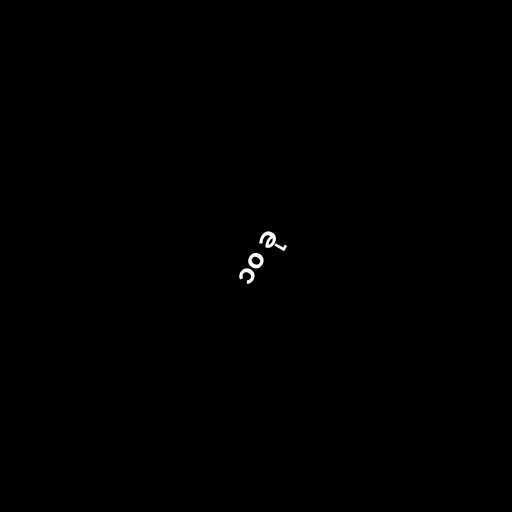
၁၀ ခု